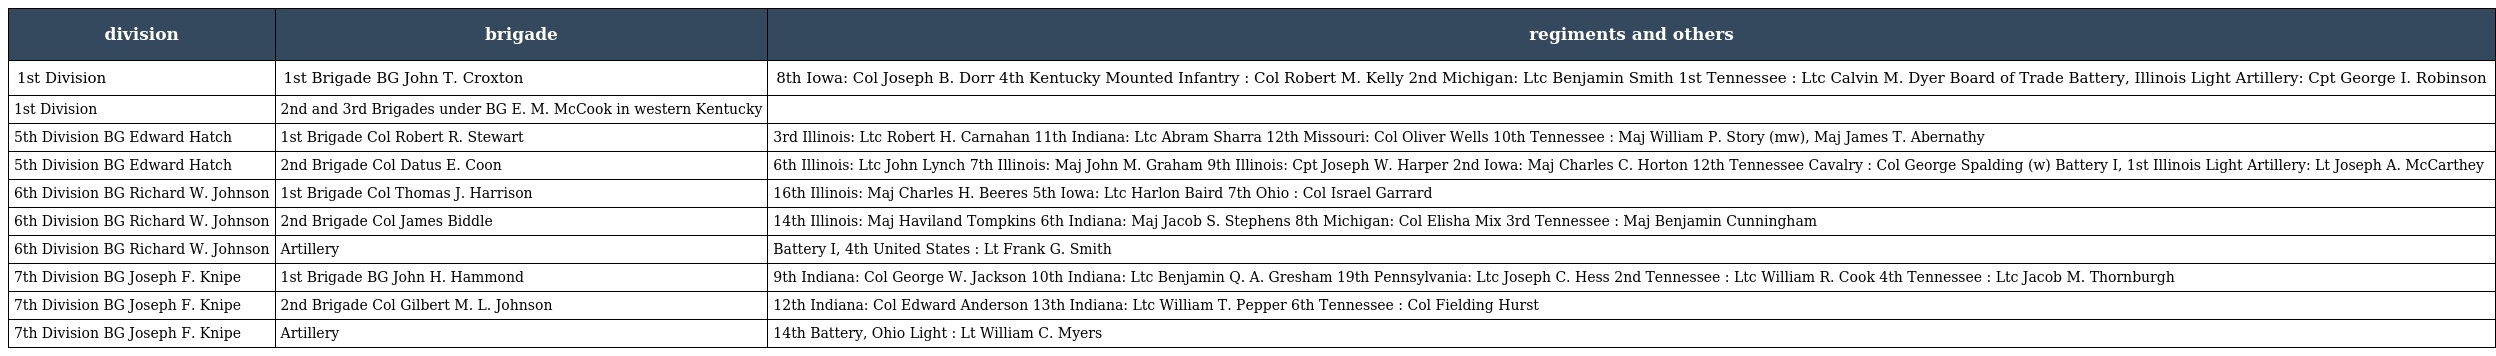
| division | brigade | regiments and others |
 | --- | --- | --- |
 | 1st Division | 1st Brigade BG John T. Croxton | 8th Iowa: Col Joseph B. Dorr 4th Kentucky Mounted Infantry : Col Robert M. Kelly 2nd Michigan: Ltc Benjamin Smith 1st Tennessee : Ltc Calvin M. Dyer Board of Trade Battery, Illinois Light Artillery: Cpt George I. Robinson |
 | 1st Division | 2nd and 3rd Brigades under BG E. M. McCook in western Kentucky |  |
 | 5th Division BG Edward Hatch | 1st Brigade Col Robert R. Stewart | 3rd Illinois: Ltc Robert H. Carnahan 11th Indiana: Ltc Abram Sharra 12th Missouri: Col Oliver Wells 10th Tennessee : Maj William P. Story (mw), Maj James T. Abernathy |
 | 5th Division BG Edward Hatch | 2nd Brigade Col Datus E. Coon | 6th Illinois: Ltc John Lynch 7th Illinois: Maj John M. Graham 9th Illinois: Cpt Joseph W. Harper 2nd Iowa: Maj Charles C. Horton 12th Tennessee Cavalry : Col George Spalding (w) Battery I, 1st Illinois Light Artillery: Lt Joseph A. McCarthey |
 | 6th Division BG Richard W. Johnson | 1st Brigade Col Thomas J. Harrison | 16th Illinois: Maj Charles H. Beeres 5th Iowa: Ltc Harlon Baird 7th Ohio : Col Israel Garrard |
 | 6th Division BG Richard W. Johnson | 2nd Brigade Col James Biddle | 14th Illinois: Maj Haviland Tompkins 6th Indiana: Maj Jacob S. Stephens 8th Michigan: Col Elisha Mix 3rd Tennessee : Maj Benjamin Cunningham |
 | 6th Division BG Richard W. Johnson | Artillery | Battery I, 4th United States : Lt Frank G. Smith |
 | 7th Division BG Joseph F. Knipe | 1st Brigade BG John H. Hammond | 9th Indiana: Col George W. Jackson 10th Indiana: Ltc Benjamin Q. A. Gresham 19th Pennsylvania: Ltc Joseph C. Hess 2nd Tennessee : Ltc William R. Cook 4th Tennessee : Ltc Jacob M. Thornburgh |
 | 7th Division BG Joseph F. Knipe | 2nd Brigade Col Gilbert M. L. Johnson | 12th Indiana: Col Edward Anderson 13th Indiana: Ltc William T. Pepper 6th Tennessee : Col Fielding Hurst |
 | 7th Division BG Joseph F. Knipe | Artillery | 14th Battery, Ohio Light : Lt William C. Myers |